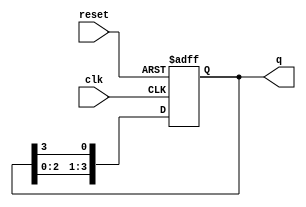
module ring_counter (
    input wire clk,         // Clock signal
    input wire reset,       // Asynchronous reset signal
    output reg [N-1:0] q    // Output state of the counter
);
    parameter N = 4;        // Number of flip-flops (bits in the counter)

    // Initial state of the counter
    initial begin
        q = 1'b1;           // Start with the first flip-flop set to '1'
    end

    always @(posedge clk or posedge reset) begin
        if (reset) begin
            q <= 1'b1;      // Reset the counter to the initial state
        end else begin
            // Shift the '1' to the next flip-flop
            q <= {q[N-2:0], q[N-1]}; // Shift left and wrap around
        end
    end
endmodule